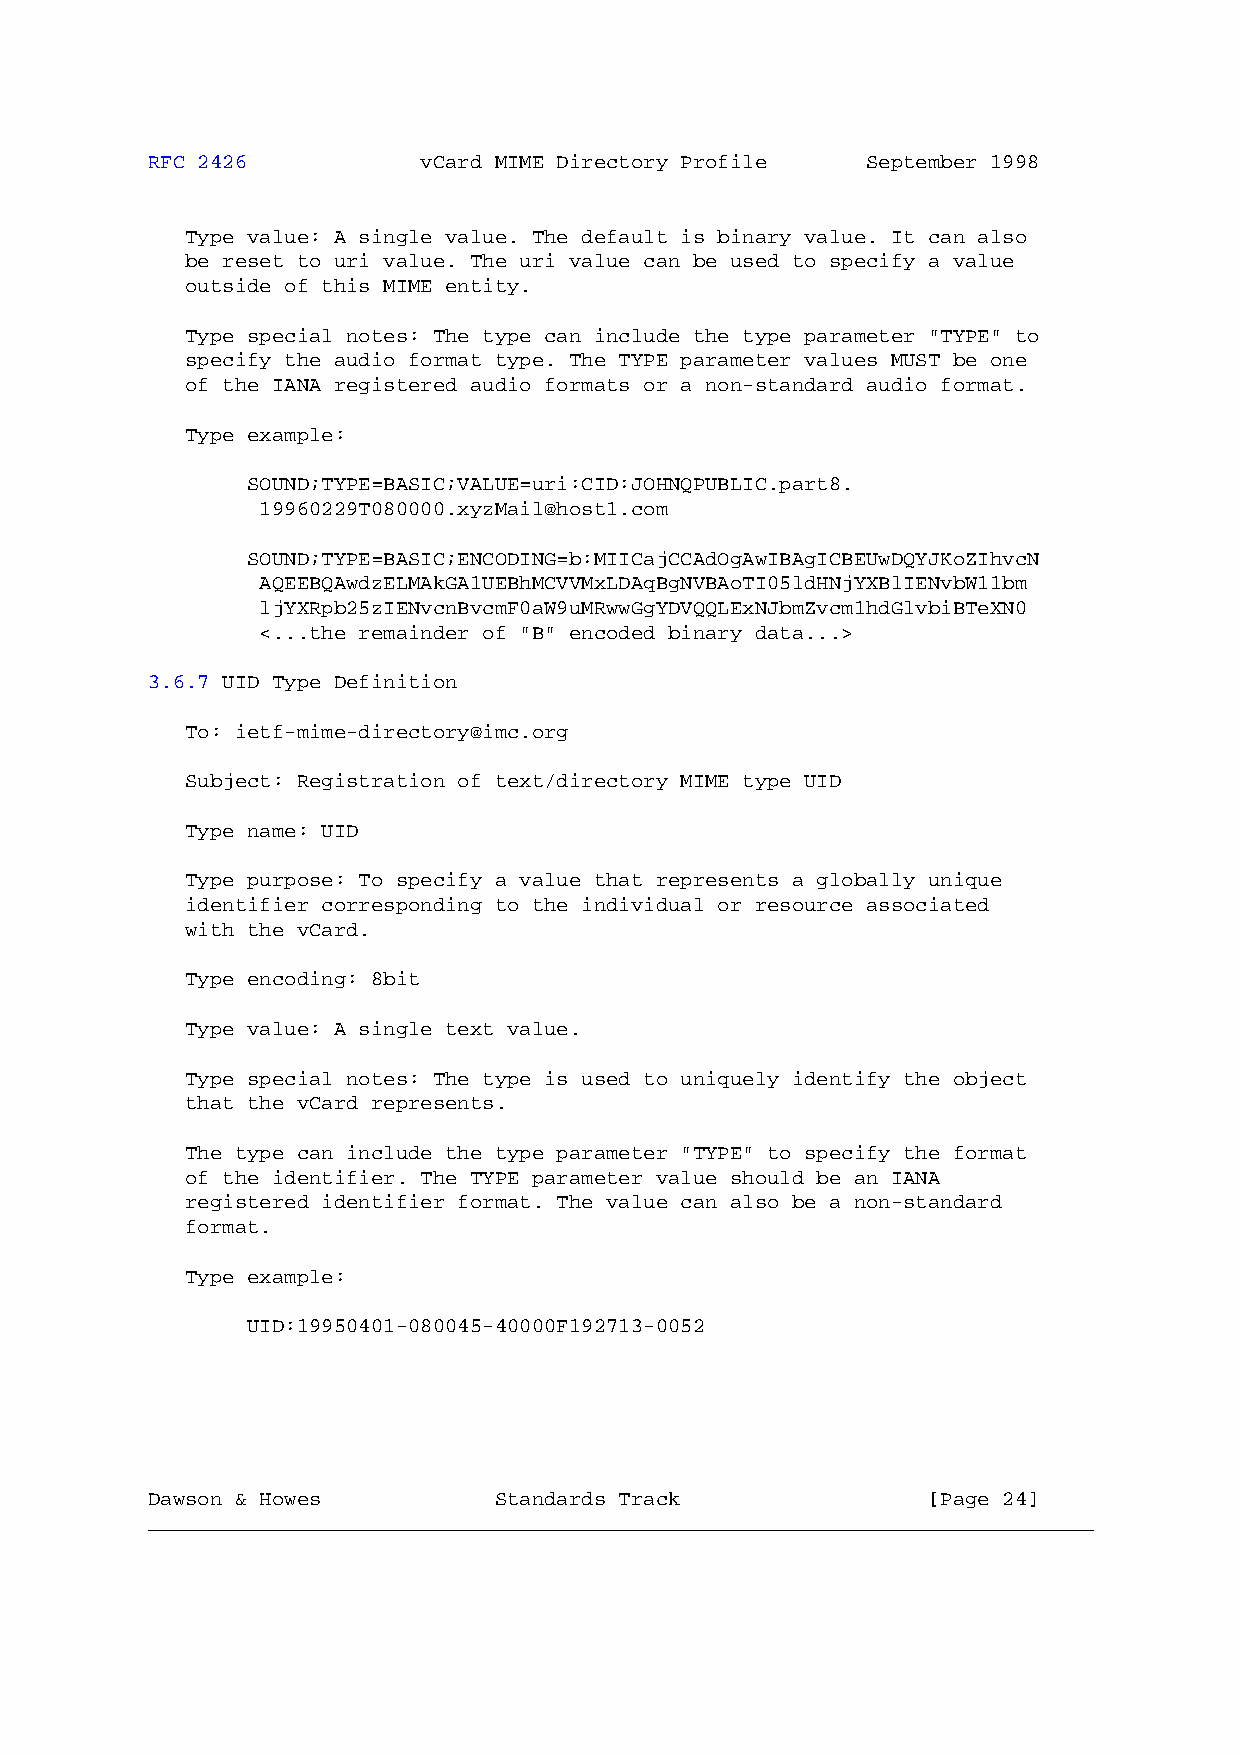
RFC 2426          vCard MIME Directory Profile September 1998
 Type value: A single value. The default is binary value. It can also
 be reset to uri value. The uri value can be used to specify a value
 outside of this MIME entity.
 Type special notes: The type can include the type parameter "TYPE" to
 specify the audio format type. The TYPE parameter values MUST be one
 of the IANA registered audio formats or a non-standard audio format.
 Type example:
 SOUND;TYPE=BASIC;VALUE=uri:CID:JOHNQPUBLIC.part8.
 19960229T080000.xyzMail@host1.com
 SOUND;TYPE=BASIC;ENCODING=b:MIICajCCAdOgAwIBAgICBEUwDQYJKoZIhvcN
 AQEEBQAwdzELMAkGA1UEBhMCVVMxLDAqBgNVBAoTI05ldHNjYXBlIENvbW11bm
 ljYXRpb25zIENvcnBvcmF0aW9uMRwwGgYDVQQLExNJbmZvcm1hdGlvbiBTeXN0
 <...the remainder of "B" encoded binary data...>
 3.6.7 UID Type Definition
 To: ietf-mime-directory@imc.org
 Subject: Registration of text/directory MIME type UID
 Type name: UID
 Type purpose: To specify a value that represents a globally unique
 identifier corresponding to the individual or resource associated
 with the vCard.
 Type encoding: 8bit
 Type value: A single text value.
 Type special notes: The type is used to uniquely identify the object
 that the vCard represents.
 The type can include the type parameter "TYPE" to specify the format
 of the identifier. The TYPE parameter value should be an IANA
 registered identifier format. The value can also be a non-standard
 format.
 Type example:
 UID:19950401-080045-40000F192713-0052
 Dawson & Howes         Standards Track             [Page 24]